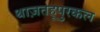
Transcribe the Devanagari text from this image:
थाज़तहूपुरकल